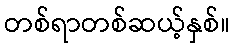
တစ်ရာတစ်ဆယ့်နှစ်။